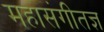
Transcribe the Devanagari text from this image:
महासंगीतज्ञ